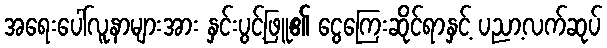
အရေးပေါ်လူနာများအား နှင်းပွင့်ဖြူ၏ ငွေကြေးဆိုင်ရာနှင့် ပညာ့လက်ဆုပ်